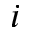
i